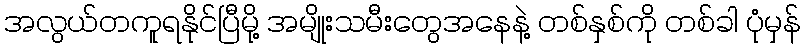
အလွယ်တကူရနိုင်ပြီမို့ အမျိုးသမီးတွေအနေနဲ့ တစ်နှစ်ကို တစ်ခါ ပုံမှန်